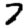
Digit: 7